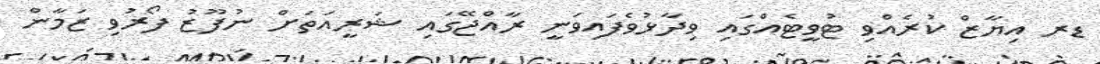
ޑރ އިޔާޒް ކުރެއްވި ޓުވީޓެއްގައި ވިދާޅުވެފައިވަނީ ރާއްޖޭގައި ޝަރީއަތަށް ނުފޫޒު ފޯރުވި ޒަމާން